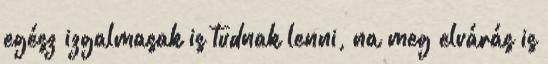
egész izgalmasak is tudnak lenni, na meg elvárás is